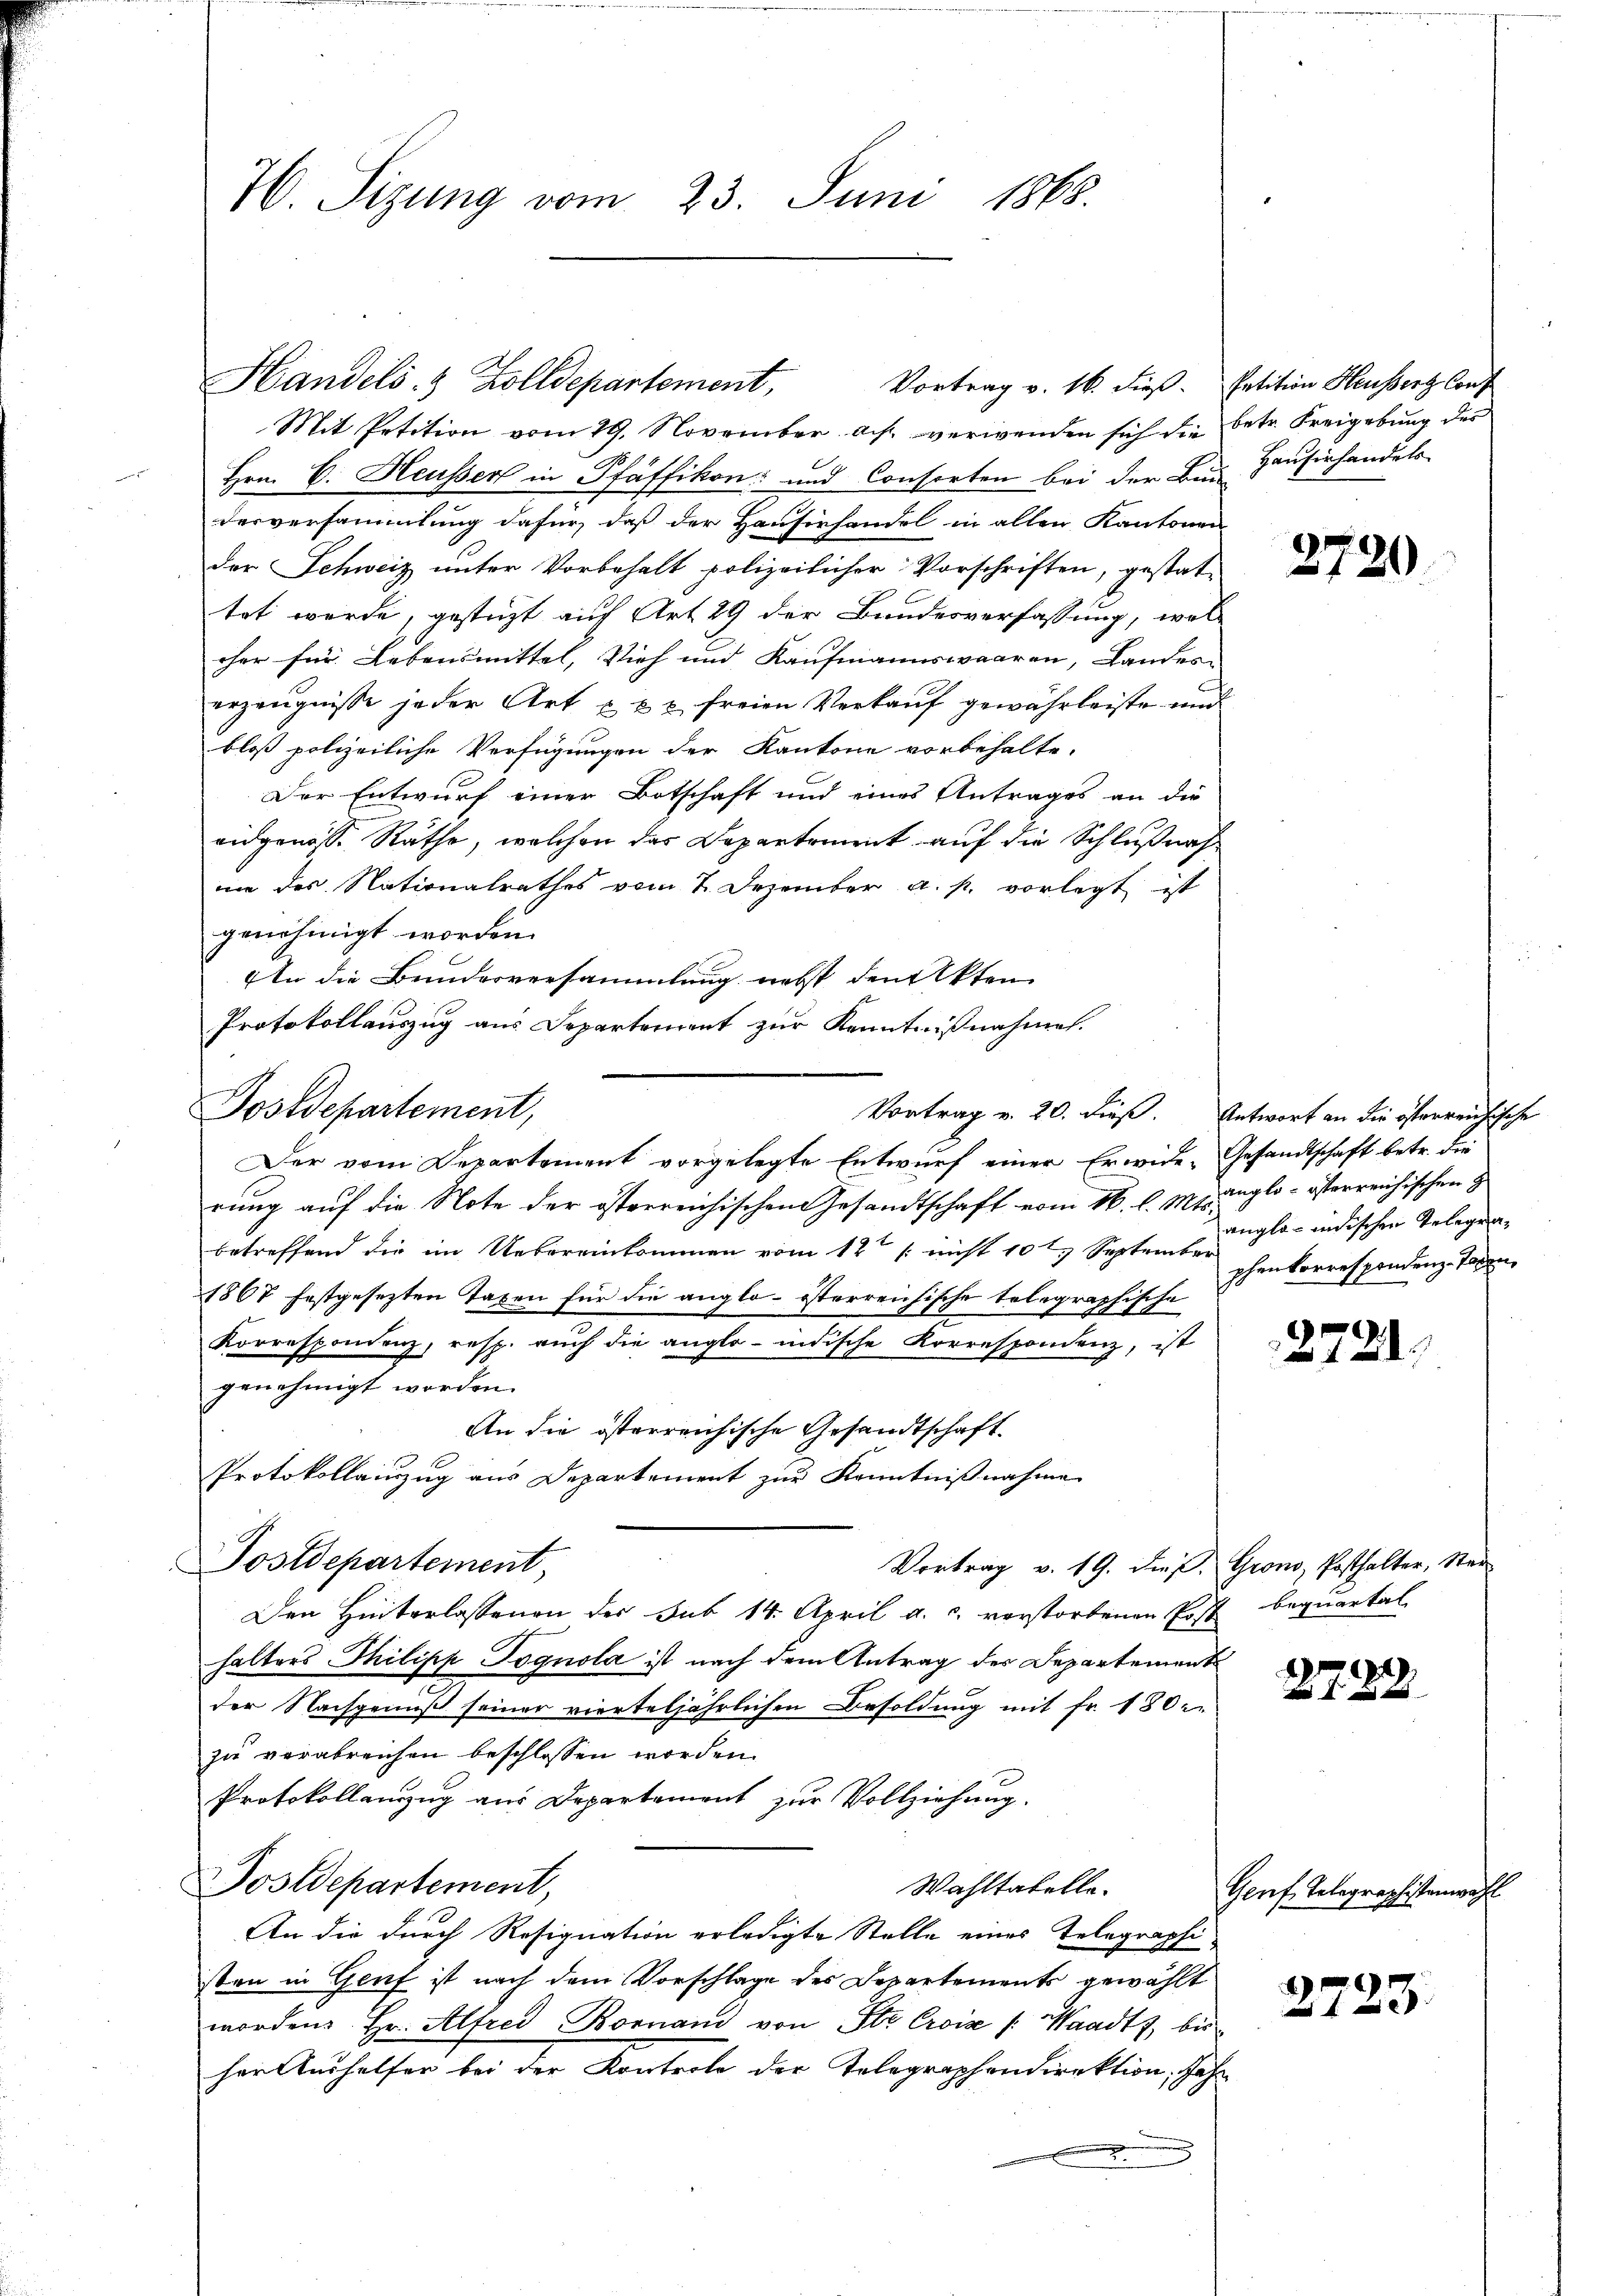
H. Sizung vom 23. Juni 1868.

Mit Petition vom 29. November a.h. verwenden sich die betr. Freigebung der
Hrn. C. Heusser in Pfäffikon und Consorten bei der Bei Hausirhandels-
desversammlung dafür, daß der Hausirhandel in allen Kantonen
der Schweiz unter Vorbehalt polizeilicher Vorschriften, gestat-
tet werde, gestüzt auf Art. 29 der Bundesverfassung, wel-
cher für Lebensmittel, Vieh und Kaufmannswaaren, Landes-
erzeugnisse jeder Art u. 3 c. freien Verkauf gewährleiste und
bloß polizeiliche Verfügungen der Kantone vorbehalte.
Der Entwurf einer Botschaft und eines Antrages an die
eidgenosse Räthe, welchen das Departement auf die Schlußnah
ime des Nationalrathes vom 7. Dezember a. p. vorlegt ist
genehmigt worden.
An die Beinderversammlung nebst den Akten
Protokollauszug aus Departement zur Kenntnißnahme.
Der vom Departement vorgelegte Entwurf einer Erwide- Gesandtschaft betr. die
rung auf die Note der österreichischen Gesandtschaft vom 16. l. M. unglo- österreichischen H
betreffend die im Uebereinkommen vom 12te / nicht 10 t September
1867 festgesezten Taxen für die anglo-österreichische telegraphische
Korrespondenz, resp. aŭch die anglo-indische Korrespondenz, ist
genehmigt worden.
An die österreichische Gesandtschaft.
Protokollinzug aus Departement zur Kenntnißnahme
Postdepartement,
Vortrag v. 19. dieß. Gron, Posthalter, Staa
Den Hinterlassenen des Sub 14. April a. c. verstorbenen Post bequartal
halters Philipp Tognola ist nach dem Antrag der Departement
der Nachgenuß seiner vierteljährlichen Besoldung mit fr. 180.
zu verabreichen beschlossen worden.
Protokollanzug aus Departement zur Vollziehung.
Postdepartement,
Wahltatelle.
An die durch Resignation erledigte Stelle eines Telegraphi
sten in Genf ist nach dem Vorschlage des Departements gewählt
worden. Hr. Alfred Bornand von Ste Croix /: Waadt, bis
her Aushelfer bei der Kontrole der Telegraphendirektion, Jahr

Postdepartement,

Handels- & Zolldepartement,
Vortrag v. 16. dieß

Petition Heussert Conf

1
120.

Vortrag v. 20. dieß. Antwort an die österreichische
angla-indischen Telegraphenkorrespondenz-Taxen,

2720.

.
27225

Genf Telegraphistenwag

2723.